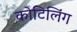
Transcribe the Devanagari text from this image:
कोटिलिंग